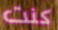
كنت